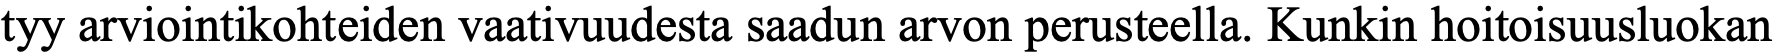
tyy arviointikohteiden vaativuudesta saadun arvon perusteella. Kunkin hoitoisuusluokan